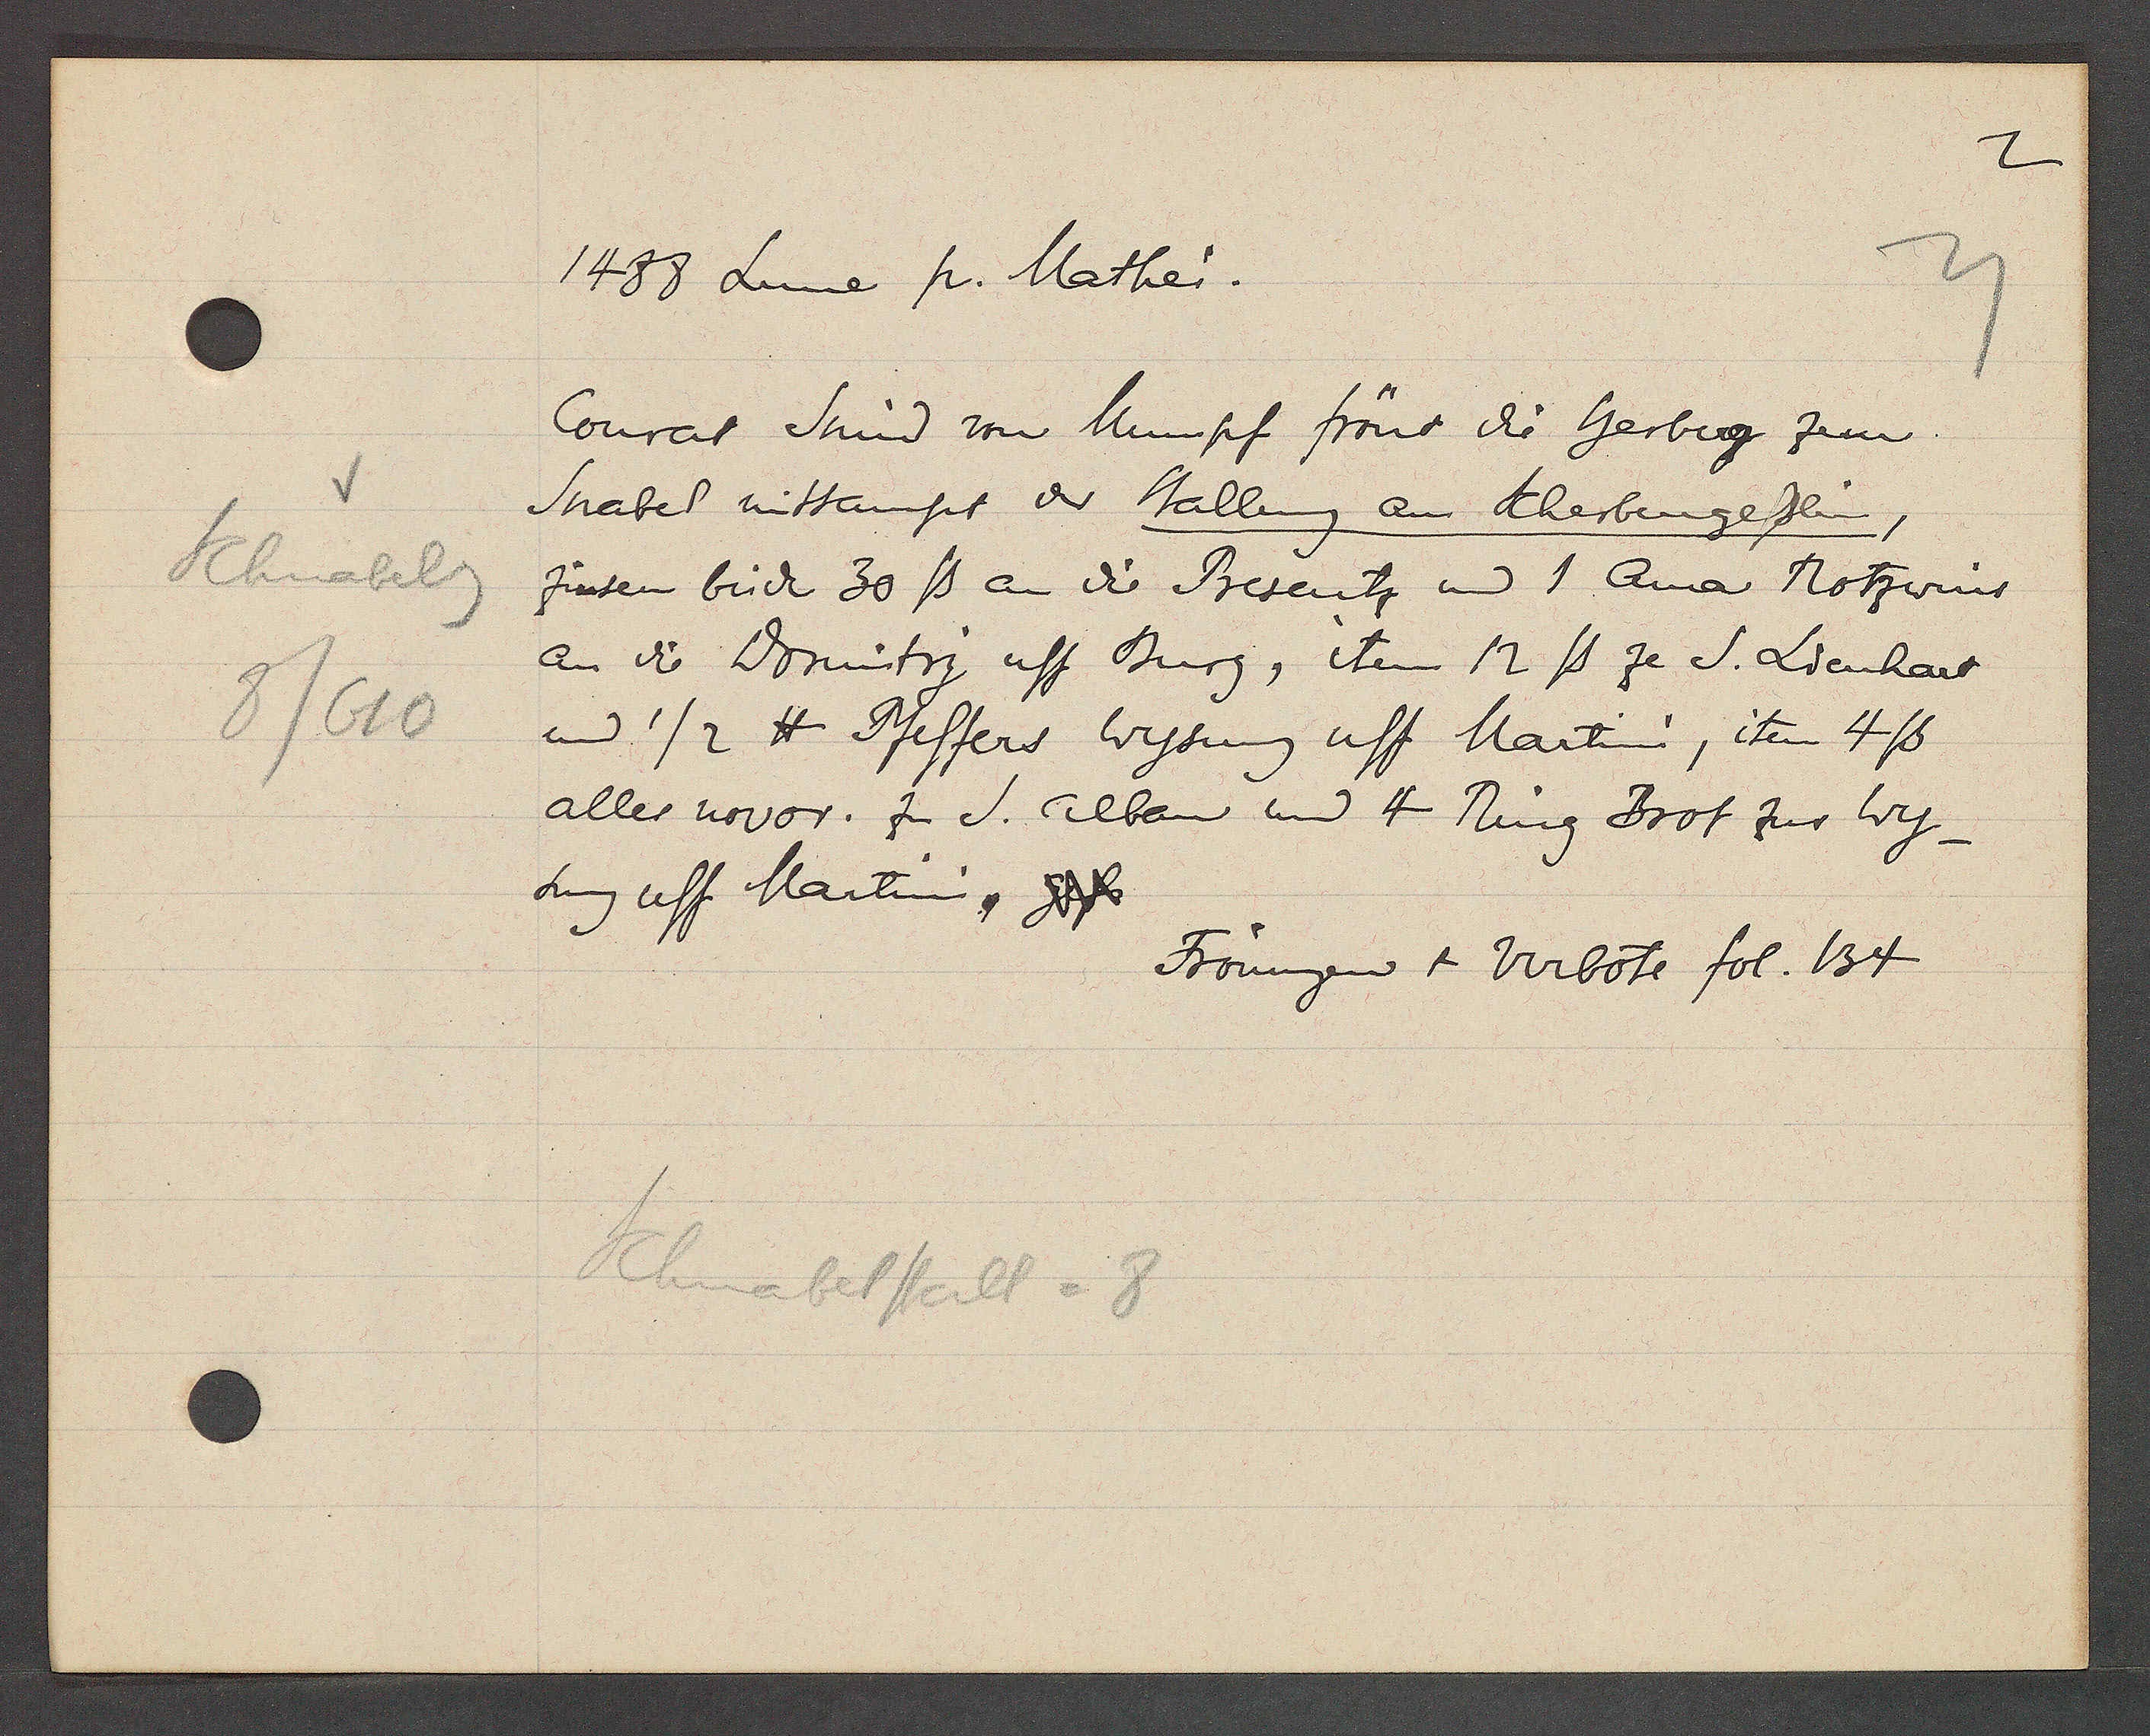
Transcript:
Schnabelg
8/610

1488 Lune p. Mathei.

Conrat Smid von Mumpf frönt die herberg zem
Snabel mitsampt der Stallung am Scherbengesslin,
zinsen brick 30 ß an die Presentz und 1 Oma Rotzwins
an die Dormitrj uff Burg, item 12ß ze S. Lienhart
und 1/2 ℔ Pfeffers Wysung uff Martini, item 4ß
aller novor. zu S. alban und 4 Ring Brot zur Wy-
sung uff Martini, gfs.

Schnabelstall = 8

Frönungen + Verbote fol. 134